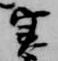
実